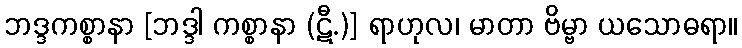
ဘဒ္ဒကစ္စာနာ [ဘဒ္ဒါ ကစ္စာနာ (ဋီ.)] ရာဟုလ၊ မာတာ ဗိမ္ဗာ ယသောဓရာ။